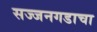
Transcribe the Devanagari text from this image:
सज्जनगडाचा